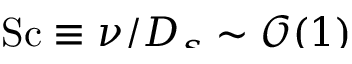
\smash { \ensuremath { \mathrm { S c } } \equiv \nu / D _ { s } \sim \mathcal { O } ( 1 ) }